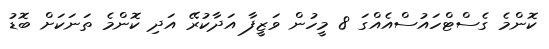
ކޮންމެ ގެސްޓްހައުސްއެއްގަ 8 މީހުން ވަޒީފާ އަދާކުރޭ އަދި ކޮންމެ ތަނަކަށް ބޮޑު